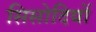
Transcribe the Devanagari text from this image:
सिसोदियों